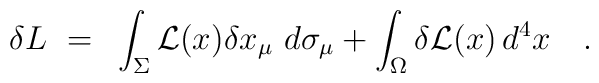
\delta L ~=~ \int_\Sigma {\cal L}(x) \delta x_\mu ~ d\sigma_\mu +\int_\Omega\delta {\cal L}(x) \, d^4x \quad .